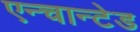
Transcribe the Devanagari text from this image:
एन्चान्टेड